Leaving Certificate, 1901
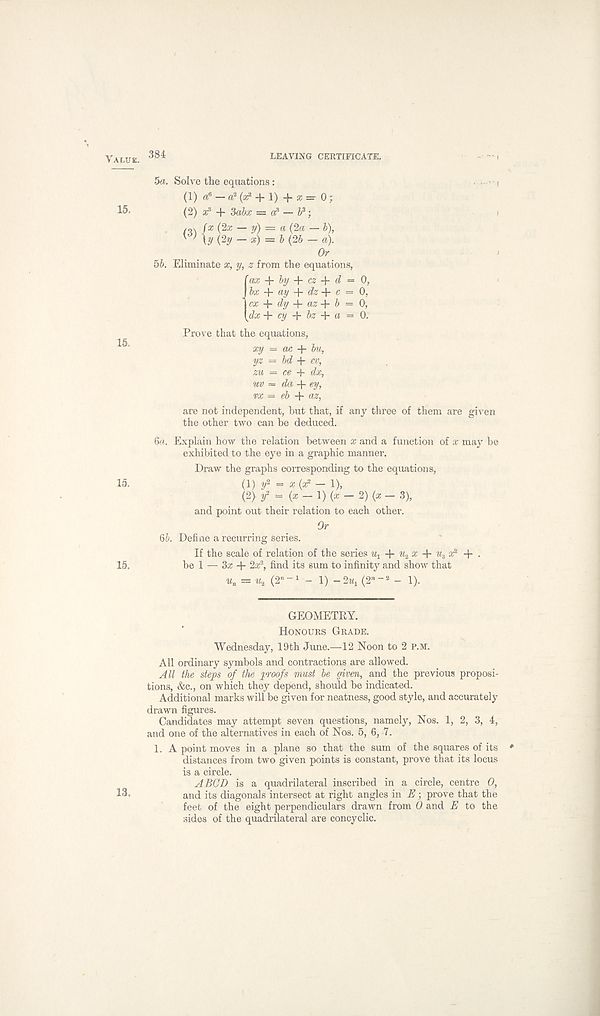
Value. 384
LEAVING CERTIFICATE.
5a. Solve the equations :
■ i
(1) a 6 — a 2 (z 2 + 1) + a; =• 0;
15-
(2) ar 5 + 3abx = a 8 - b 3 ;
■ ,
(3) I x ( 2x -y) = a(?a- b),
{ ) \y (Zy -x) = b{2b- a).
Or
j
5b. Eliminate x, y, z from the equations,
r ax + by + cz + d = 0,
bx ay dz c = 0,
cx dy az b = 0,
dxey bs a = 0.
Prove that the equations,
15 ‘
xy = ac + bu,
yz = bd +
zu = ce + dx,
uv — da + ey,
vx = eb + az,
are not independent, but that, if any three of them are given
the other two can be deduced.
6a. Explain how the relation between x and a function of x may be
exhibited to the eye in a graphic manner.
Draw the graphs corresponding to the equations,
15.
(1) f = x(x?~ 1),
(2> tf = {x-\)(x-2)(x- 3),
and point out their relation to each other.
Or
6b. Define a recurring series.
If the scale of relation of the series u x + x + u 3 : <? -f •
15,
be 1 — 3a; + 2a; 2 , find its sum to infinity and show that
u n = w 2 (2" _1 - 1) -2U, (2”“ 2 - 1).
GEOMETRY.
Honours Grade.
Wednesday, 19th June.—12 Noon to 2 p.m.
All ordinary symbols and contractions are allowed.
All the steps of the proofs must be given, and the previous proposi-
tions, &c., on which they depend, should be indicated.
Additional marks will be given for neatness, good style, and accurately
drawn figures.
Candidates may attempt seven questions, namely, Nos. 1, 2, 3, 4,
and one of the alternatives in each of Nos. 5, 6, 7.
1. A point moves in a plane so that the sum of the squares of its
distances from two given points is constant, prove that its locus
is a circle.
A BCD is a quadrilateral inscribed in a circle, centre 0,
and its diagonals intersect at right angles in E ; prove that the
feet of the eight perpendiculars drawn from 0 and E to the
sides of the quadrilateral are concyclic.